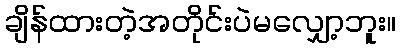
ချိန်ထားတဲ့အတိုင်းပဲမလျှော့ဘူး။